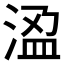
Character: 𭰾